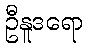
ဦနူဒရော